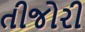
તીજોરી